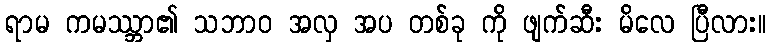
ရာမ ကမဿ္ဘာ၏ သဘာဝ အလှ အပ တစ်ခု ကို ဖျက်ဆီး မိလေ ပြီလား။